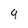
Character: 9